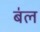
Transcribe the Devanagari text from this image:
ब॑ल